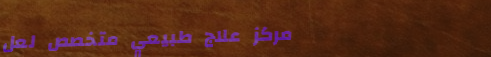
مركز علاج طبيعي متخصص لعل